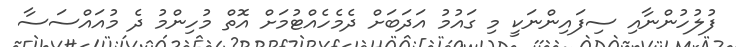
ފުލުހުންނާއި ސިފައިންނަކީ މި ގައުމު އަދަބަށް ދެމެހެއްޓުމަށް އޮތް މުހިންމު ދެ މުއައްސަސާ